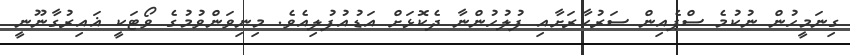
ގިނަމީހުން ނުކުމެ ސްޕެއިން ސަރުކާރަށާއި ފުލުހުންނާ ދެކޮޅަށް އަޑުއުފުލިއެވެ. މިނިވަންވުމުގެ ވޯޓަކީ ޣައިރުގާނޫނީ